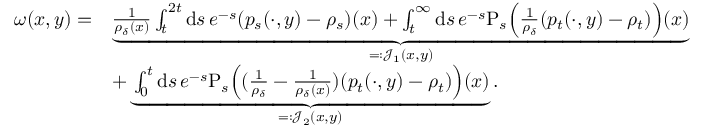
\begin{array} { r l } { \omega ( x , y ) = } & { \underbrace { \frac { 1 } { \rho _ { \delta } ( x ) } \int _ { t } ^ { 2 t } \mathrm { d } s \, e ^ { - s } ( p _ { s } ( \cdot , y ) - \rho _ { s } ) ( x ) + \int _ { t } ^ { \infty } \mathrm { d } s \, e ^ { - s } \mathrm { P } _ { s } \Big ( \frac { 1 } { \rho _ { \delta } } ( p _ { t } ( \cdot , y ) - \rho _ { t } ) \Big ) ( x ) } _ { = : \mathcal { J } _ { 1 } ( x , y ) } } \\ & { + \underbrace { \int _ { 0 } ^ { t } \mathrm { d } s \, e ^ { - s } \mathrm { P } _ { s } \Big ( ( \frac { 1 } { \rho _ { \delta } } - \frac { 1 } { \rho _ { \delta } ( x ) } ) ( p _ { t } ( \cdot , y ) - \rho _ { t } ) \Big ) ( x ) } _ { = : \mathcal { J } _ { 2 } ( x , y ) } . } \end{array}